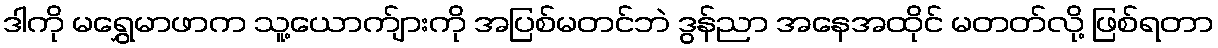
ဒါကို မရွှေမာဖာက သူ့ယောက်ျားကို အပြစ်မတင်ဘဲ ဒွန်ညာ အနေအထိုင် မတတ်လို့ ဖြစ်ရတာ